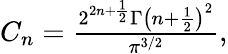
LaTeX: \begin{array}{r}{C_{n}=\frac{2^{2n+\frac{1}{2}}\Gamma\left(n+\frac{1}{2}\right)^{2}}{\pi^{3/2}},}\end{array}